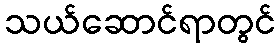
သယ်ဆောင်ရာတွင်